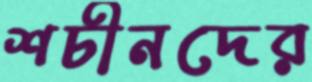
শচীনদের